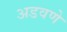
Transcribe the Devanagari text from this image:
अडवणे